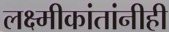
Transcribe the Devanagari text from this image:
लक्ष्मीकांतांनीही